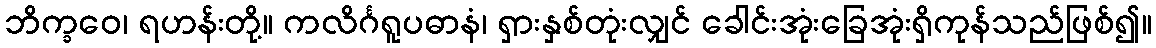
ဘိက္ခဝေ၊ ရဟန်းတို့။ ကလိင်္ဂရူပဓာနံ၊ ရှားနှစ်တုံးလျှင် ခေါင်းအုံးခြေအုံးရှိကုန်သည်ဖြစ်၍။